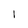
Character: l